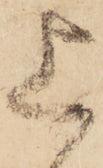
上